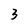
Character: 3